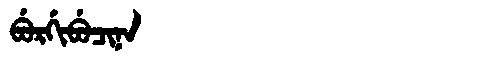
Manchu: ᠪᡠᡵᡤᡳᠪᡠᠴᡳᠨᠠ
Romanization: BURGIBUCINA